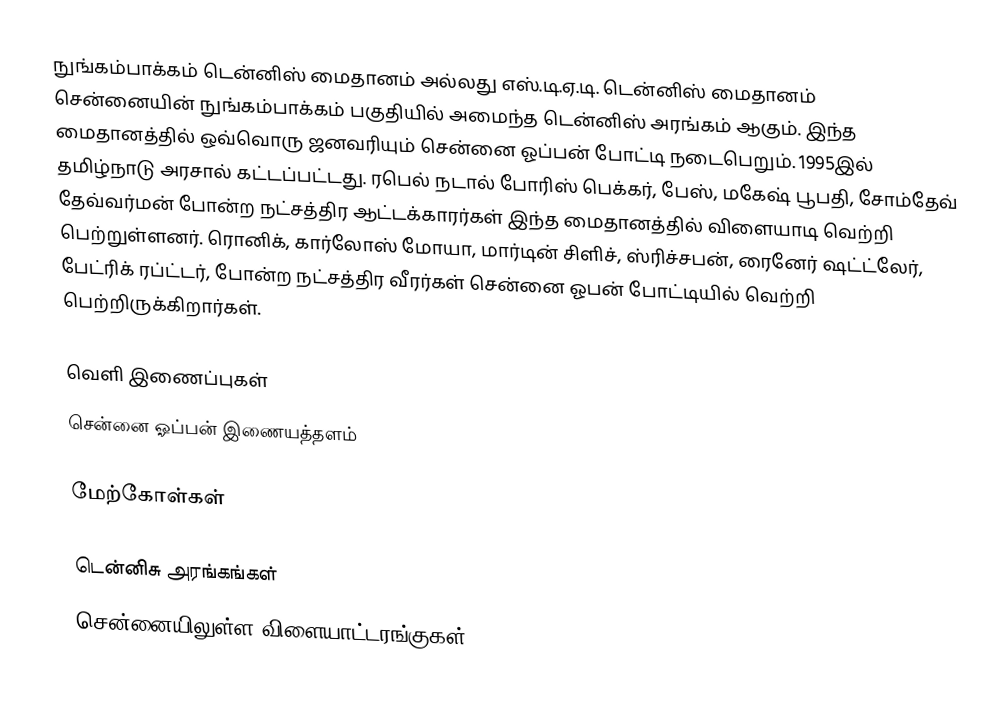
நுங்கம்பாக்கம் டென்னிஸ் மைதானம் அல்லது எஸ்.டி.ஏ.டி. டென்னிஸ் மைதானம் சென்னையின் நுங்கம்பாக்கம் பகுதியில் அமைந்த டென்னிஸ் அரங்கம் ஆகும். இந்த மைதானத்தில் ஒவ்வொரு ஜனவரியும் சென்னை ஓப்பன் போட்டி நடைபெறும். 1995இல் தமிழ்நாடு அரசால் கட்டப்பட்டது. ரபெல் நடால் போரிஸ் பெக்கர், பேஸ், மகேஷ் பூபதி, சோம்தேவ் தேவ்வர்மன் போன்ற நட்சத்திர ஆட்டக்காரர்கள் இந்த மைதானத்தில் விளையாடி வெற்றி பெற்றுள்ளனர். ரொனிக், கார்லோஸ் மோயா, மார்டின் சிளிச், ஸ்ரிச்சபன், ரைனேர் ஷட்ட்லேர், பேட்ரிக் ரப்ட்டர், போன்ற நட்சத்திர வீரர்கள் சென்னை ஓபன் போட்டியில் வெற்றி பெற்றிருக்கிறார்கள்.

வெளி இணைப்புகள்
சென்னை ஓப்பன் இணையத்தளம்

மேற்கோள்கள்

டென்னிசு அரங்கங்கள்
சென்னையிலுள்ள விளையாட்டரங்குகள்